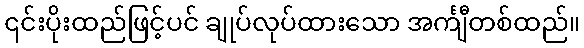
၎င်းပိုးထည်ဖြင့်ပင် ချုပ်လုပ်ထားသော အင်္ကျီတစ်ထည်။